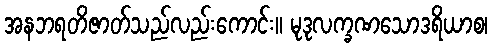
အနဘရတိဇာတ်သည်လည်းကောင်း။ မုဒုလက္ခဏသောဒရိယာစ၊